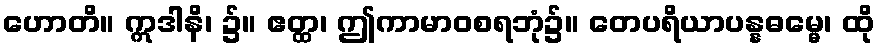
ဟောတိ။ ဣဒါနိ၊ ၌။ ဧတ္ထ၊ ဤကာမာဝစရဘုံ၌။ တေပရိယာပန္နဓမ္မေ၊ ထို